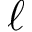
\ell